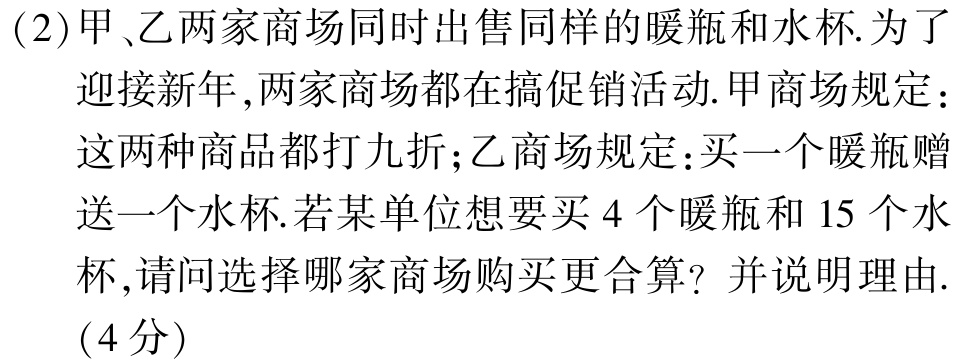
(2)甲、乙两家商场同时出售同样的暖瓶和水杯.为了迎接新年,两家商场都在搞促销活动.甲商场规定：这两种商品都打九折;乙商场规定：买一个暖瓶赠送一个水杯.若某单位想要买$4$个暖瓶和$15$个水杯,请问选择哪家商场购买更合算？并说明理由.（4分）